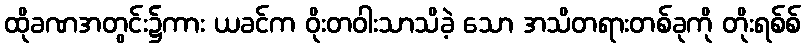
ထိုခဏအတွင်း၌ကား ယခင်က ဝိုးတဝါးသာသိခဲ့ သော အသိတရားတစ်ခုကို တိုးရစ်စ်